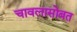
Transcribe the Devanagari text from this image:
चावलासोबत